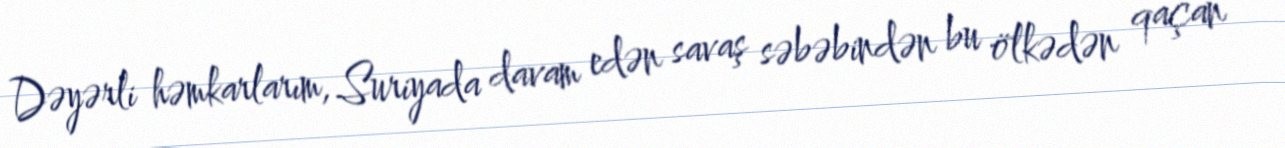
Dəyərli həmkarlarım, Suriyada davam edən savaş səbəbindən bu ölkədən qaçan